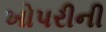
ખોપરીની